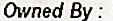
OWNED BY :